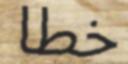
خطا